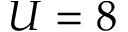
U = 8